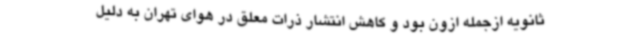
ثانویه ازجمله ازون بود و کاهش انتشار ذرات معلق در هوای تهران به دلیل